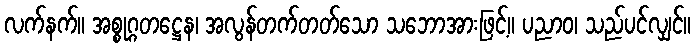
လက်နက်။ အစ္စုဂ္ဂတဋ္ဌေန၊ အလွန်တက်တတ်သော သဘောအားဖြင့်။ ပညာဝ၊ သည်ပင်လျှင်။